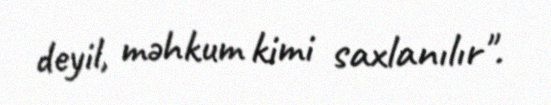
deyil, məhkum kimi saxlanılır".